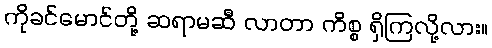
ကိုခင်မောင်တို့ ဆရာမဆီ လာတာ ကိစ္စ ရှိကြလို့လား။